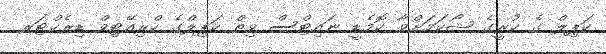
ކަޕިލް ގެ ކުރީގެ ޝޯކަމަށްވާ ކޮމެޑީ ނައިޓްސް ވިތް ކަޕިލްގެ ކްރިއޭޓިވް ޑިރެކްޓަރ